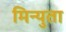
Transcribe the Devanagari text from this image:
मिन्युता